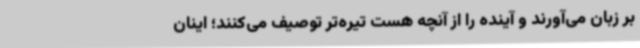
بر زبان می‌آورند و آینده را از آنچه هست تیره‌تر توصیف می‌کنند؛ اینان